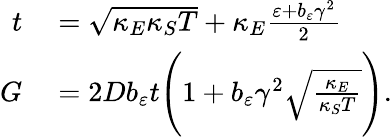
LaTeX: \begin{array}{rl}{t}&{{}=\sqrt{\kappa_{E}\kappa_{S}T}+\kappa_{E}\frac{\varepsilon+b_{\varepsilon}\gamma^{2}}{2}}\\ {G}&{{}=2Db_{\varepsilon}t\Bigg(1+b_{\varepsilon}\gamma^{2}\sqrt{\frac{\kappa_{E}}{\kappa_{S}T}}\Bigg).}\end{array}